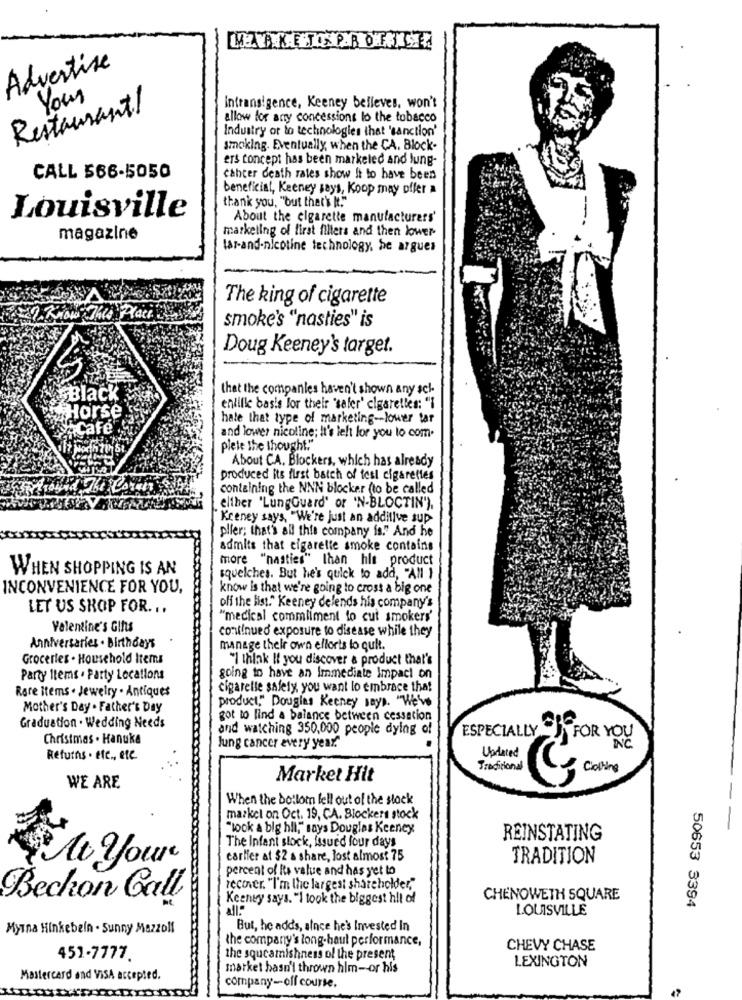
Advertise
Your
Restaurant!
Intransigence, Keeney believes. won't
allow for any concessions lo the tobacco
Industry or to technologies that 'sanction'
smoking. Eventually, when the CA. Block-
ers concept has been markeled and lung-
CALL 566-5050
cabrer death rates show It to have been
beneficial, Keeney says, Koop may offer a
thank you, "but that's It."
Louisville
About the elgarette manufacturers'
marketing of first fillers and then lower-
magazine
lar-and-nicotine technology, he argues
The king of cigarette
smoke's "nasties" is
Doug Keeney's target.
that the companies haven't shown any scl-
Black
enlille basis for their 'sefer' cigaretles: "i
Horse
hate that type of marketing -- lower tar
Cafe
and lower nicoline; It's leh lor you lo com.
plete the thought."
About CA. Blockers, which has already
produced its first batch of test cigarettes
containing the NNN blocker (to be called
elther "LungGuard' or 'N-BLOCTIN'),
Keeney says, "We're just an additive sup
plier; that's all this company is." And he
admits that cigarette smoke contains
more "nasties" than hle product
WHEN SHOPPING IS AN
squelches. But he's quick to add, "AN )
INCONVENIENCE FOR YOU.
know is that we're going to cross a big one
LET US SHOP FOR ...
off the list." Keeney delends his company's
"medical commliment to cut smokers'
Valentine's Gins
continued exposure to disease while they
Anniversaries . Birthdays
manage their own ellorts to quit.
Groceries . Household Items
"I think If you discover & product that's
Party ltems . Party Locations
going to have an Immediate Impact on
cigarette safely, you want lo embrace that
Rare items . Jewelry . Antiques
product," Douglas Keeney says. "We've
Mother's Day . Father's Day
got to find a balance between cessation
Graduation . Wedding Needs
and watching 350,000 people dying of
Christmas . Hanuke
ESPECIALLY FOR YOU
INC
lung cancer every year."
Updated
Returns . etc ., etc.
Traditional
Ce corine
Market Hit
WE ARE
When the bottom fell out of the stock
market on Oct. 19, CA. Blockers stock
"took a big hil," says Douglas Keeney
The Infant stock, issued four days
REINSTATING
At your
carlier at $2 a share, lost almost 75
TRADITION
percent of its value and has yet to
reconver. "I'm the largest shareholder,"
Bechon Call
Keeney says. "I took the biggest hil of
CHENOWETH SQUARE
LOUISVILLE
50653 3394
Myrna Hinkebein . Sunny Mazzoli
But, he adds, alnce he's Invested In
the company's long-haul performance,
CHEVY CHASE
451-7777.
the squeamishness of the present
LEXINGTON
market hasn't thrown him -- or his
Mastercard and VISA accepted.
company-off course.